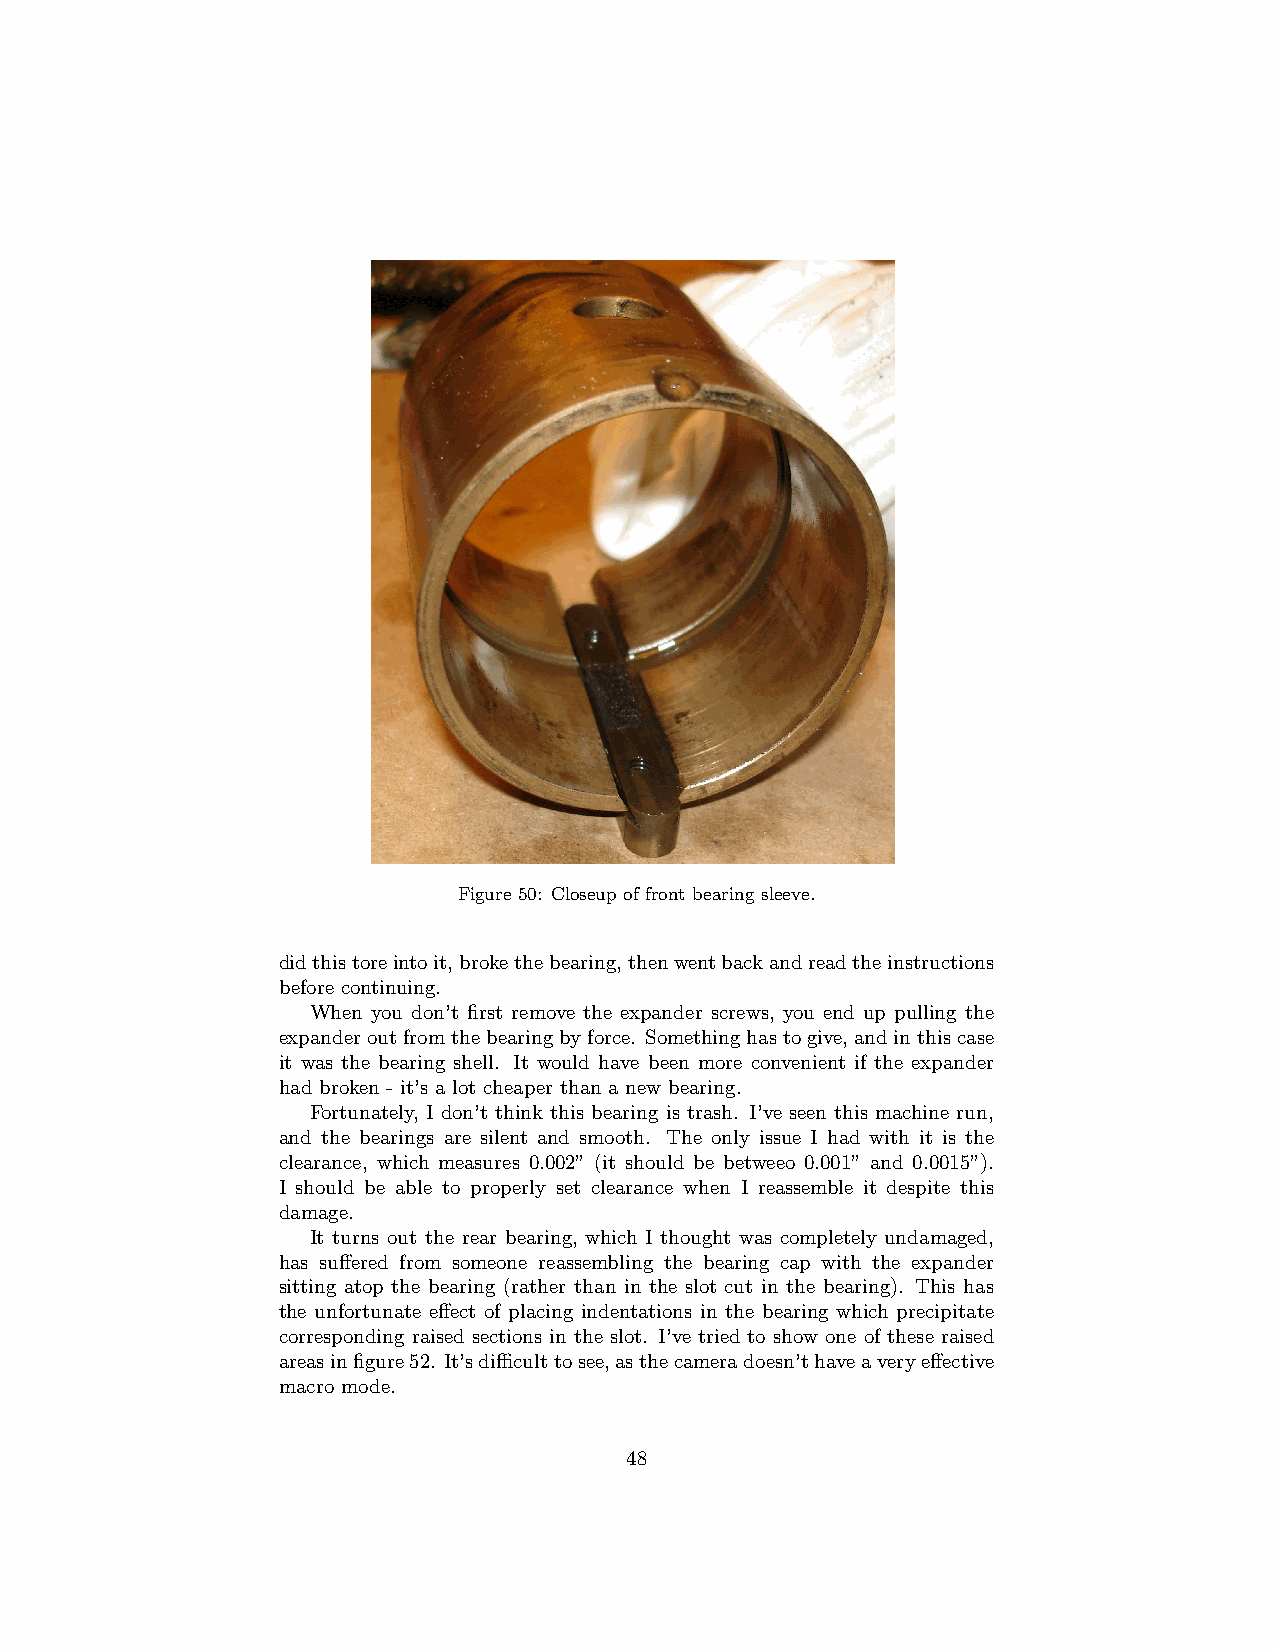
Figure 50: Closeup of front bearing sleeve.
 didthistoreintoit,brokethebearing,thenwentbackandreadtheinstructions
 before continuing.
 When you don’t first remove the expander screws, you end up pulling the
 expanderoutfromthebearingbyforce. Somethinghastogive,andinthiscase
 it was the bearing shell. It would have been more convenient if the expander
 had broken - it’s a lot cheaper than a new bearing.
 Fortunately, I don’t think this bearing is trash. I’ve seen this machine run,
 and the bearings are silent and smooth. The only issue I had with it is the
 clearance, which measures 0.002” (it should be betweeo 0.001” and 0.0015”).
 I should be able to properly set clearance when I reassemble it despite this
 damage.
 It turns out the rear bearing, which I thought was completely undamaged,
 has suffered from someone reassembling the bearing cap with the expander
 sitting atop the bearing (rather than in the slot cut in the bearing). This has
 the unfortunate effect of placing indentations in the bearing which precipitate
 corresponding raised sections in the slot. I’ve tried to show one of these raised
 areasinfigure52. It’sdifficulttosee,asthecameradoesn’thaveaveryeffective
 macro mode.
 48